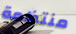
منتظمة